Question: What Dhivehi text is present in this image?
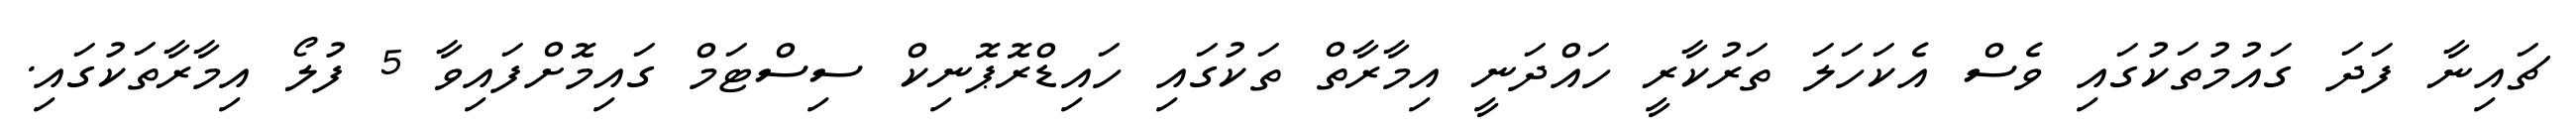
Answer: ޗައިނާ ފަދަ ގައުމުތަކުގައި ވެސް އެކަހަލަ ތަރުކާރީ ހައްދަނީ އިމާރާތް ތަކުގައި ހައިޑްރޮޕޮނިކް ސިސްޓަމް ގައިމޮށްފައިވާ 5 ފުލޯ އިމާރާތަކުގައި.